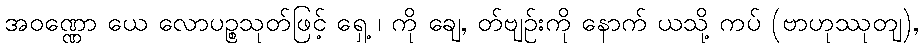
အဝဏ္ဏော ယေ လောပဉ္စသုတ်ဖြင့် ရှေ့ ၊ ကို ချေ, တ်ဗျဉ်းကို နောက် ယသို့ ကပ် (ဗာဟုဿုတျ),